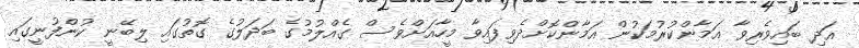
އަދި ބައިވެރިވާ އަމާންކުރުމަކުން އަމާންކޮށްދެވިފައިވާ މީހާއަށްވެސް ގެއްލުމުގެ ބަދަލުގެ ގޮތުގައި ލިބޭނީ ކުންފުނީގައި